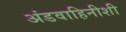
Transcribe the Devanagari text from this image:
अंडवाहिनीशी